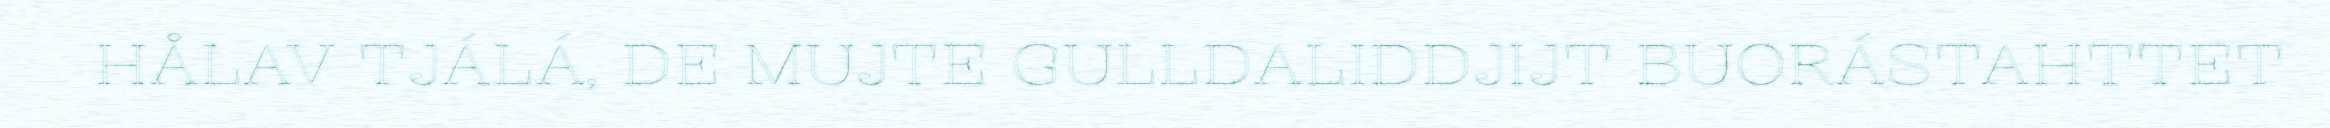
HÅLAV TJÁLÁ, DE MUJTE GULLDALIDDJIJT BUORÁSTAHTTET